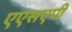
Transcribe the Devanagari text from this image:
एएसएपी